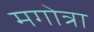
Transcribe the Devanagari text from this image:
मगोत्रा